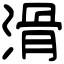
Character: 滑